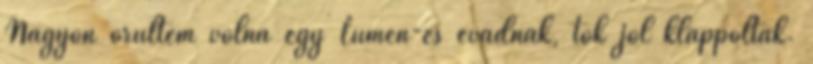
Nagyon örültem volna egy Lumen-es évadnak, tök jól klappoltak.